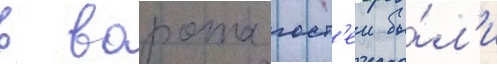
в ворота гост'еи бы́л'и